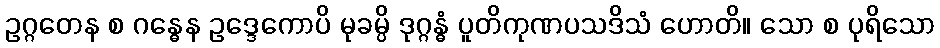
ဥဂ္ဂတေန စ ဂန္ဓေန ဥဒ္ဒေကောပိ မုခမ္ပိ ဒုဂ္ဂန္ဓံ ပူတိကုဏပသဒိသံ ဟောတိ။ သော စ ပုရိသော